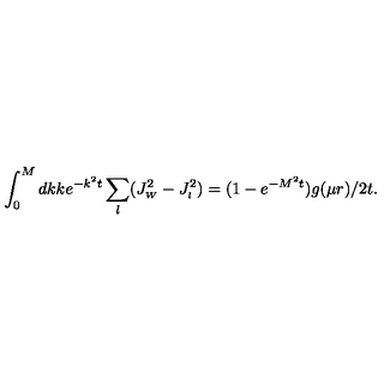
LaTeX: \int _ { 0 } ^ { M } d k k e ^ { - k ^ { 2 } t } \sum _ { l } ( J _ { \scriptscriptstyle { W } } ^ { 2 } - J _ { \scriptscriptstyle { l } } ^ { 2 } ) = ( 1 - e ^ { - M ^ { 2 } t } ) g ( \mu r ) / 2 t .